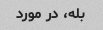
بله، در مورد